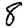
Digit: 8